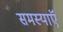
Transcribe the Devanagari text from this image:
समस्याऍ